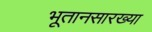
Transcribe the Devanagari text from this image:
भूतानसारख्या